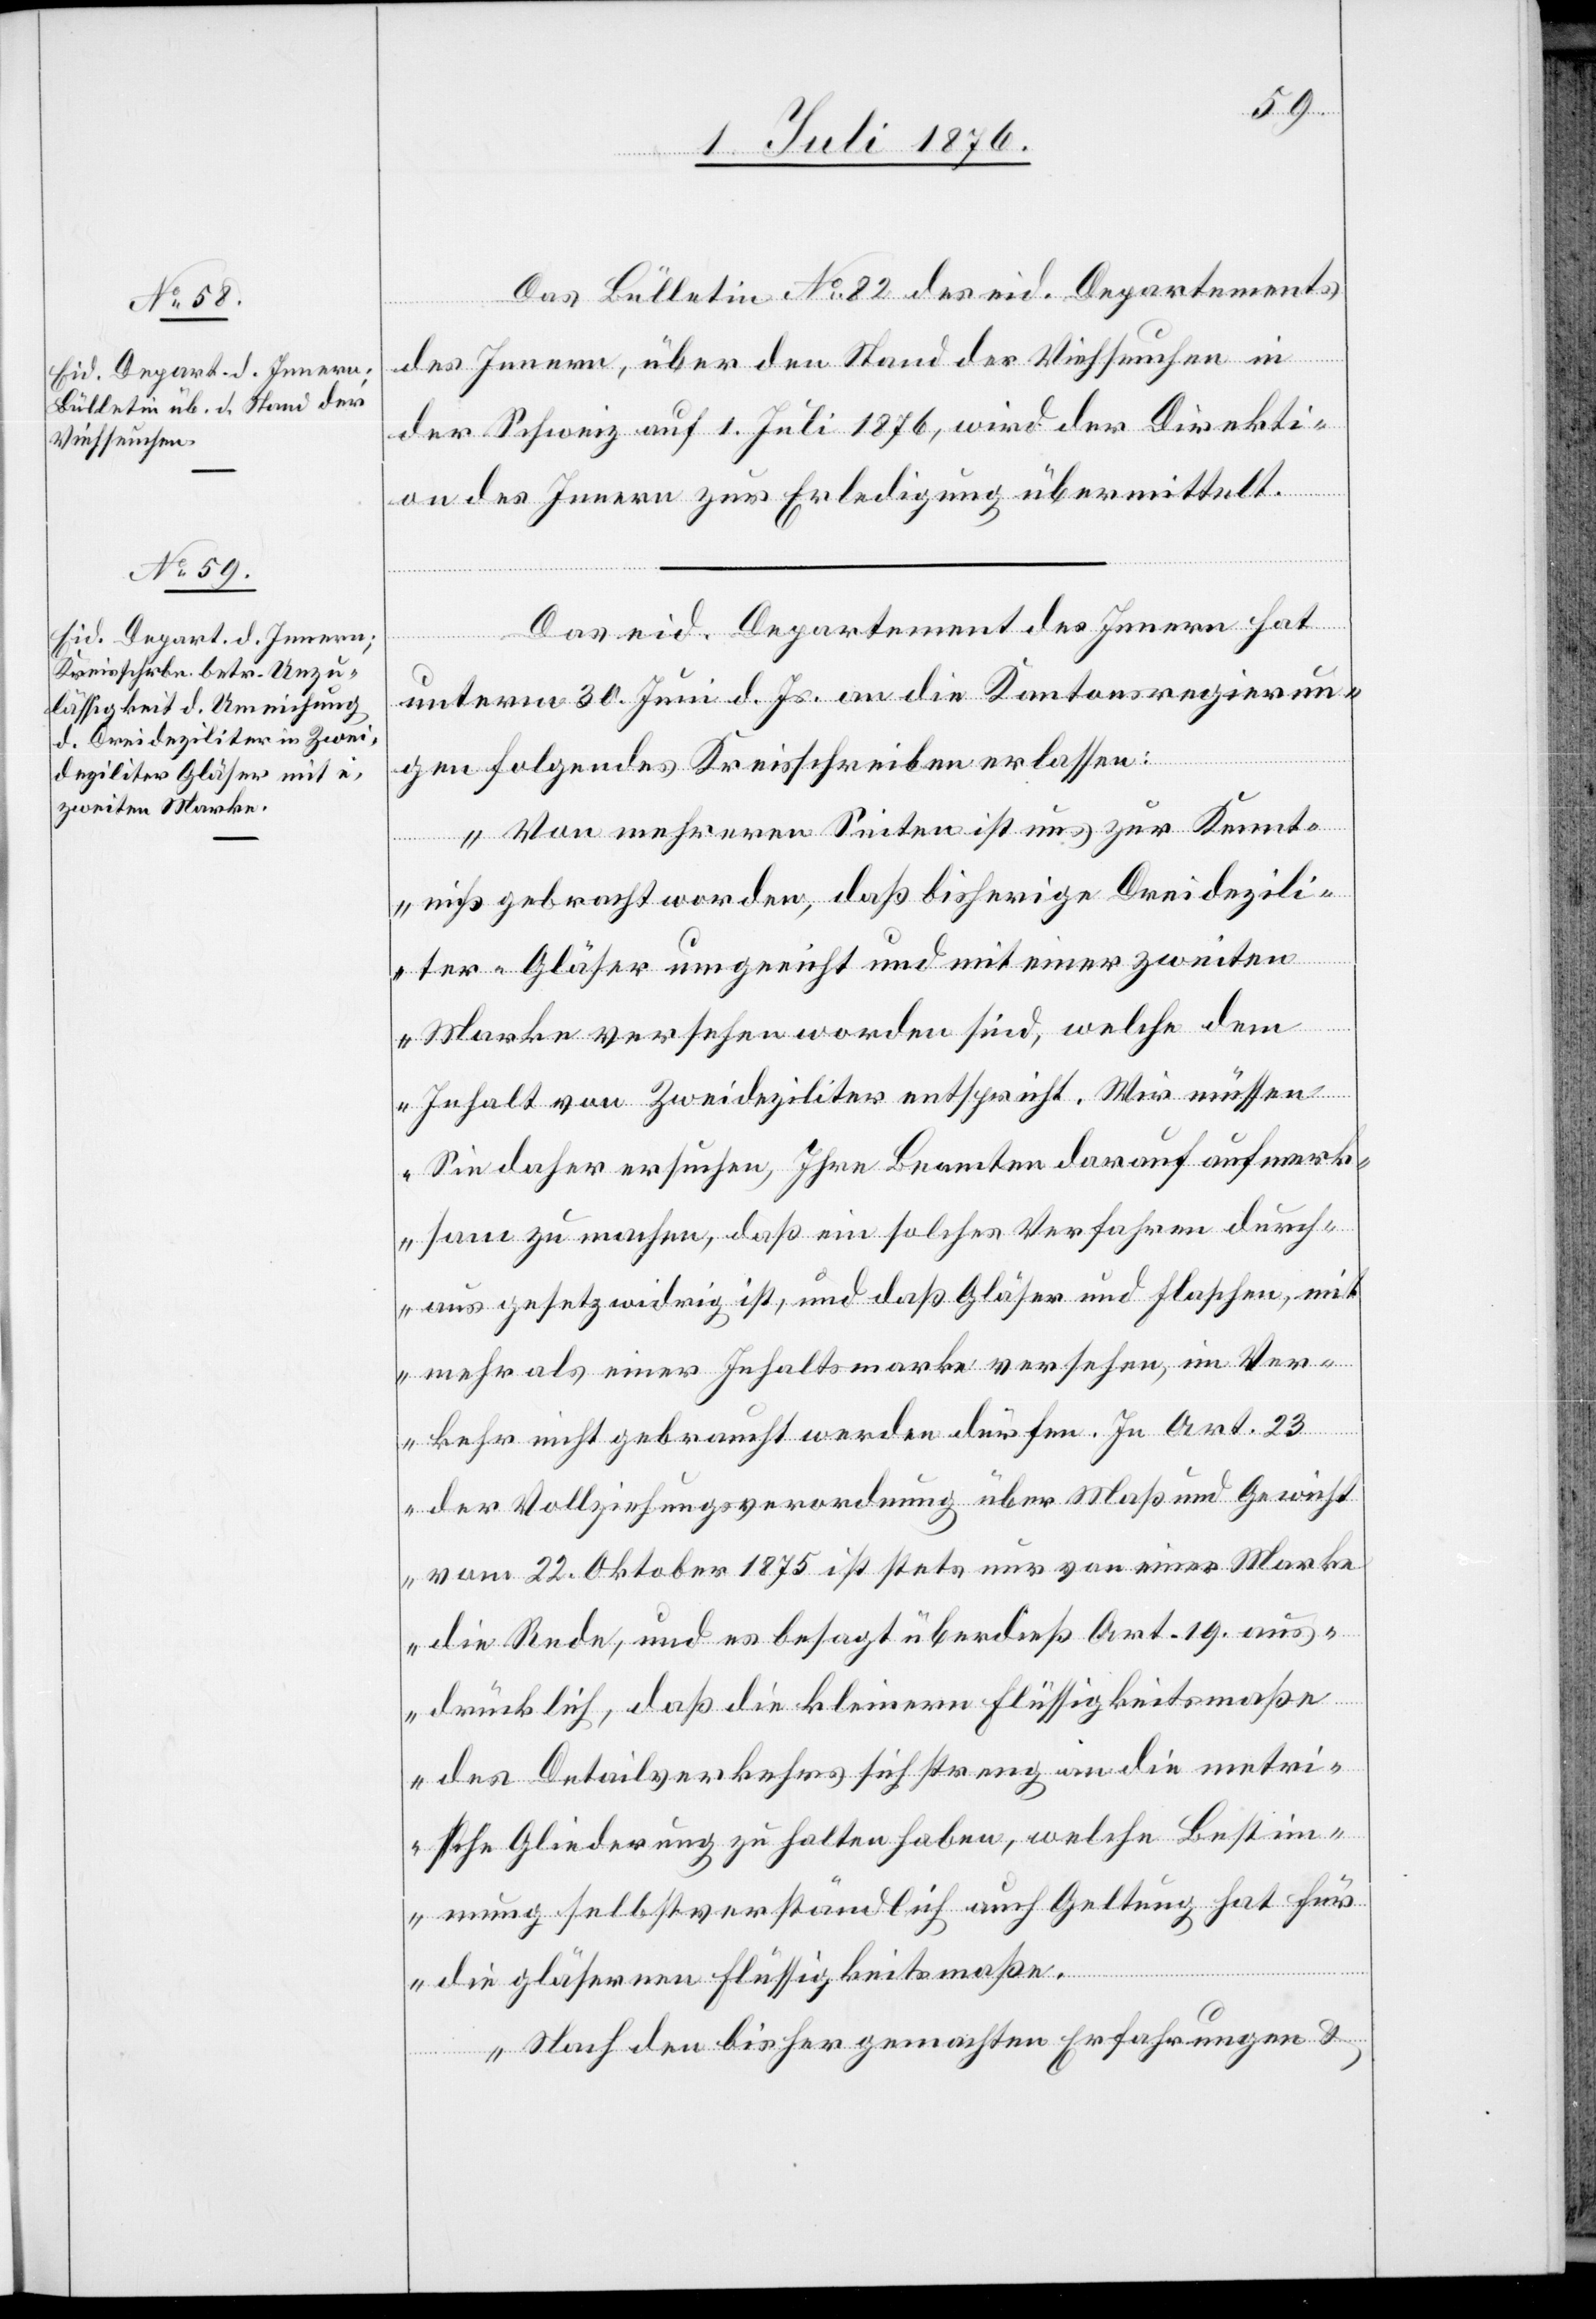
7. Juli 1876]
Das Bulletin No 82 des eid. Departements
des Innern, über den Stand der Viehseuchen in
der Schweiz auf 1. Juli 1876, wird der Direkti¬
on des Innern zur Erledigung übermittelt.
Das eid. Departement des Innern hat
unterm 30. Juni d. Js. an die Kantonsregierun¬
gen folgendes Kreisschreiben erlassen:
„Von mehreren Seiten ist uns zur Kennt¬
nis gebracht worden, daß bisherige Dreidezili¬
ter-Gläser ungeeicht und mit einer zweiten
Marke versehen worden sind, welche dem
Inhalt von Zweideziliter entspricht. Wir müssen
Sie daher ersuchen, Ihre Beamten darauf aufmerk¬
sam zu machen, das ein solches Verfahren durch¬
aus gesetzwidrig ist, und daß Gläser und Flaschen, mit
mehr als einer Inhaltsmarke versehen, im Ver¬
kehr nicht gebraucht werden dürfen, In Art. 23
der Vollziehungsverordnung über Maß und Gewicht
vom 22. Oktober 1875 ist stets nur von einer Marke
die Rede, und es besagt überdieß Art. 19 aus¬
drücklich, daß die kleinern Flüssigkeitsmaße
des Detailverkehrs sich streng an die metri¬
sche Gliederung zu halten haben, welche Bestim¬
mung selbstverständlich auch Geltung hat für
die gläsernen Flüssigkeitsmaße.
Nach den bisher gemachten Erfahrungen &